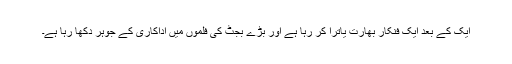
ایک کے بعد ایک فنکار بھارت یاترا کر رہا ہے اور بڑے بجٹ کی فلموں میں اداکاری کے جوہر دکھا رہا ہے۔